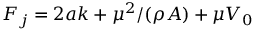
F _ { j } = 2 a k + \mu ^ { 2 } / ( \rho A ) + \mu V _ { 0 }